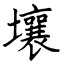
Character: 壤